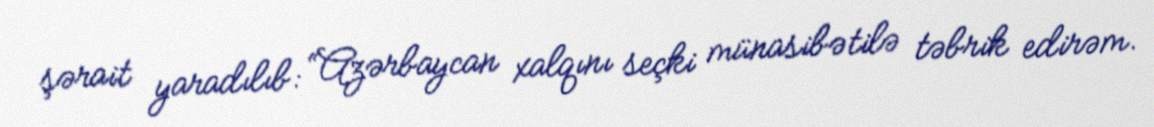
şərait yaradılıb: “Azərbaycan xalqını seçki münasibətilə təbrik edirəm.